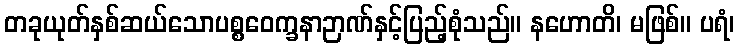
တခုယုတ်နှစ်ဆယ်သောပစ္စဝေက္ခနာဉာဏ်နှင့်ပြည့်စုံသည်။ နဟောတိ၊ မဖြစ်။ ပရံ၊